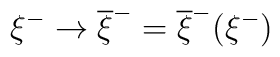
\xi ^{-}\rightarrow \overline{\xi }^{-}=\overline{\xi }^{-}(\xi ^{-})